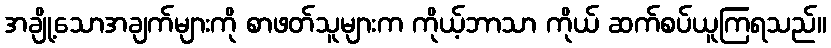
အချို့သောအချက်များကို စာဖတ်သူများက ကိုယ့်ဘာသာ ကိုယ် ဆက်စပ်ယူကြရသည်။